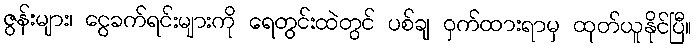
ဇွန်းများ၊ ငွေခက်ရင်းများကို ရေတွင်းထဲတွင် ပစ်ချ ဝှက်ထားရာမှ ထုတ်ယူနိုင်ပြီ။